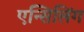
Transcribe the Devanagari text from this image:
एन्सिलिंग